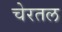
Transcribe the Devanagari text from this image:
चेरतल